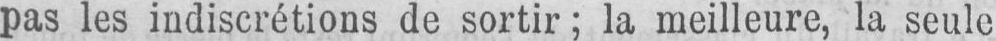
pas les indiscrétions de sortir; la meilleure, la seule